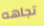
تجاهه